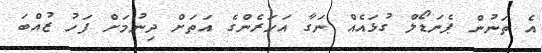
އެ ތަނުން ޕެނަޑޯލް ގުޅައެއް ނަގާ އަހަރެންގެ އަތަށް ދިނުމަށް ފަހު ޒުއްބަ